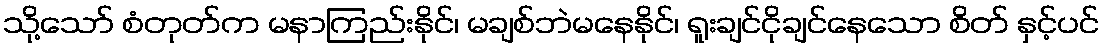
သို့သော် စံတုတ်က မနာကြည်းနိုင်၊ မချစ်ဘဲမနေနိုင်၊ ရူးချင်ငိုချင်နေသော စိတ် နှင့်ပင်